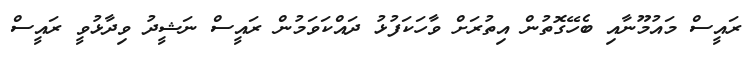
ރައީސް މައުމޫނާއި ބެހޭގޮތުން އިތުރަށް ވާހަކަފުޅު ދައްކަވަމުން ރައީސް ނަޝީދު ވިދާޅުވީ ރައީސް